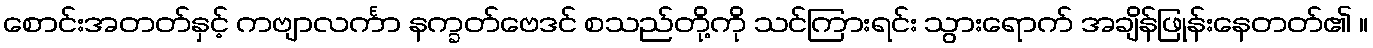
စောင်းအတတ်နှင့် ကဗျာလင်္ကာ နက္ခတ်ဗေဒင် စသည်တို့ကို သင်ကြားရင်း သွားရောက် အချိန်ဖြုန်းနေတတ်၏ ။